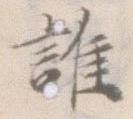
誰